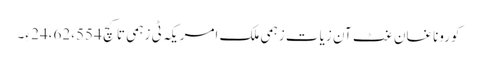
کوروناغان غٹ آن زیات زہمی ملک امریکہ ٹی زہمی تا کچ 24،62،554 ءِ۔